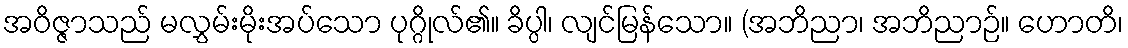
အဝိဇ္ဇာသည် မလွှမ်းမိုးအပ်သော ပုဂ္ဂိုလ်၏။ ခိပ္ပါ၊ လျင်မြန်သော။ (အဘိညာ၊ အဘိညာဉ်။ ဟောတိ၊